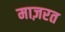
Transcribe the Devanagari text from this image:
माज़रत